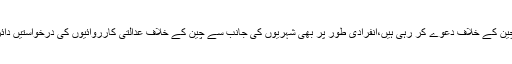
امریکی ریاستیں چین کے خلاف دعوے کر رہی ہیں،انفرادی طور پر بھی شہریوں کی جانب سے چین کے خلاف عدالتی کارروائیوں کی درخواستیں دائر کی جا رہی ہیں۔